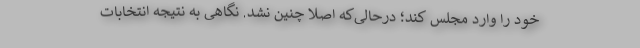
خود را وارد مجلس کند؛ درحالی‌که اصلا چنین نشد. نگاهی به نتیجه انتخابات